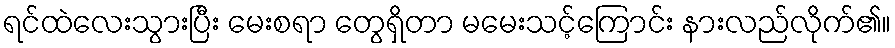
ရင်ထဲလေးသွားပြီး မေးစရာ တွေရှိတာ မမေးသင့်ကြောင်း နားလည်လိုက်၏။